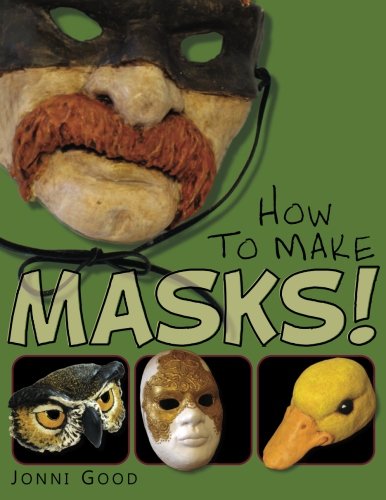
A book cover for How to Make Masks!: Easy New Way to Make a Mask for Masquerade, Halloween and Dress-Up Fun, With Just Two Layers of Fast-Setting Paper Mache; Jonni Good; Arts & Photography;